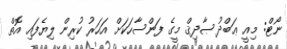
ނޯޓް: މިއީ ޢަބްދު ޞާދިޤް މީގެ ފަންސާހަކަށް އަހަރު ކުރިން ލިޔެފައި އޮތް